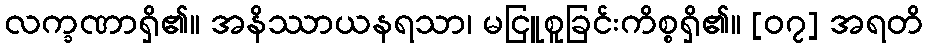
လက္ခဏာရှိ၏။ အနိဿာယနရသာ၊ မငြူစူခြင်းကိစ္စရှိ၏။ [၀၇] အရတိ